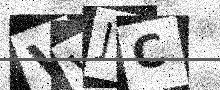
Text: VVJC